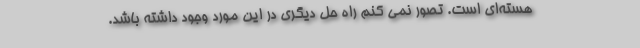
هسته‌‌ای است. تصور نمی کنم راه حل دیگری در این مورد وجود داشته باشد.